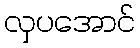
လှပအောင်